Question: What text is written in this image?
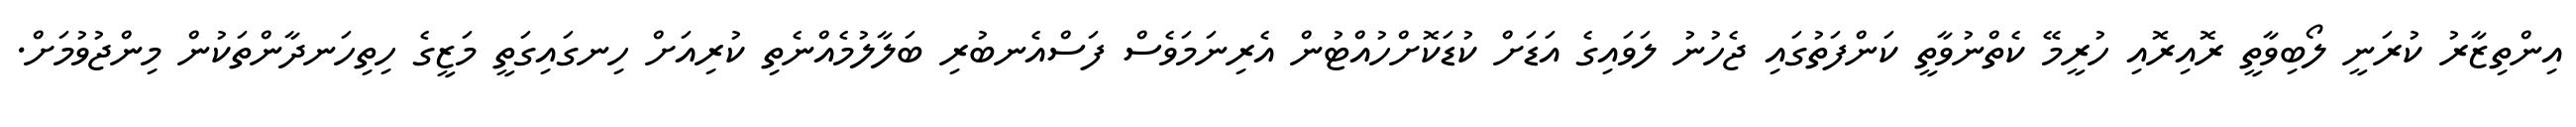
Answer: އިންތިޒާރު ކުރަނީ ލޯބިވާތީ ރޮއިރޮއި ހުރީމޭ ކެތްނުވާތީ ކަންފަތުގައި ޖެހުނު ލަވައިގެ އަޑަށް ކުޑަކޮށްހުއްޓުން އެރިނަމަވެސް ފަސްއެނބުރި ބަލާލުމެއްނެތި ކުރިއަށް ހިނގައިގަތީ މަޒީގެ ހިތިހަނދާންތަކުން މިންޖުވުމަށް.